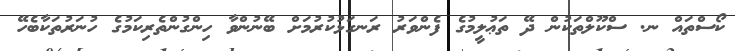
ކޯސްތައް ނ. ސްކޫލްތަކުން ދޭ ތަޢުލީމުގެ ފެންވަރު ރަނގަޅުކުރުމަށް ބޭނުންވާ ހިންގުންތެރިކަމުގެ ހުނަރުތަކާބެހޭ